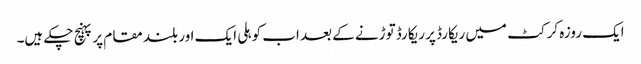
ایک روزہ کرکٹ میں ریکارڈ پر ریکارڈ توڑنے کے بعد اب کوہلی ایک اور بلند مقام پر پہنچ چکے ہیں۔